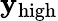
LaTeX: \mathbf{y}_{\textup{{high}}}